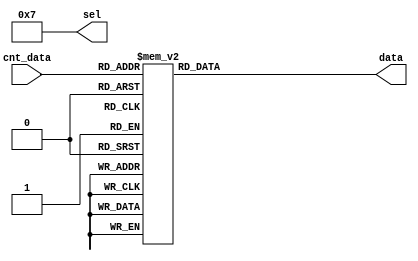
`timescale 1ns / 1ps
//////////////////////////////////////////////////////////////////////////////////
// Company: 
// Engineer: 
// 
// Design Name: 
// Module Name:    code 
// Project Name: 
// Target Devices: 
// Tool versions: 
// Description: 
//
// Dependencies: 
//
// Revision: 
// Revision 0.01 - File Created
// Additional Comments: 
//
//////////////////////////////////////////////////////////////////////////////////
module code(
input				[3:0]	cnt_data,
output 			[3:0]	sel,
output	reg	[7:0]	data	//data[7:0] = {a,b,c,d,e,f,g}
);

assign 	sel  =  4'b0111;

always@(*)
begin
	case(cnt_data)
		4'h0:		data		= 8'b0000_0011;		//
		4'h1:		data		= 8'b1001_1111;		//
		4'h2:		data		= 8'b0010_0101;		//
		4'h3:		data		= 8'b0000_1101;
		4'h4:		data		= 8'b1001_1001;
		4'h5:		data		= 8'b0100_1001;
		4'h6:		data		= 8'b0100_0001;
		4'h7:		data		= 8'b0001_1111;
		4'h8:		data		= 8'b0000_0001;
		4'h9:		data		= 8'b0000_1001;
		default:	data		= 8'b1111_1111;
	endcase
end

endmodule